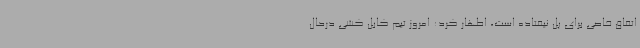
اتفاق خاصی برای پل نیفتاده است، اظهار کرد: امروز تیم کابل کشی درحال